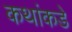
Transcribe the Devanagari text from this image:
कथांकडे